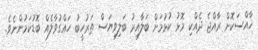
ޚާއްސަކޮށް ރާއްޖެ ދެއްކި މޮޅު ކުޅުމަށް ބަލާއިރު ބަލިވިޔަސް ތަރުހީބު ހައްގުވާލެއް ބޮޑުކަމުންނެވެ.